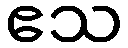
ဧသ